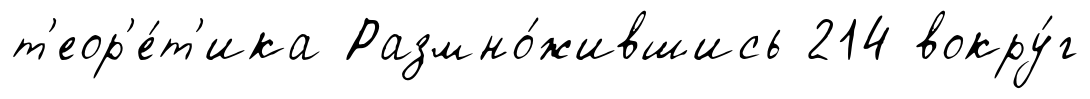
т'еор'е́т'ика Размно́жившись 214 вокру́г